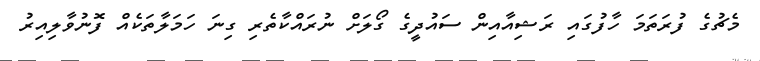
މެޗުގެ ފުރަތަމަ ހާފުގައި ރަޝިއާއިން ސައުދީގެ ގޯލަށް ނުރައްކާތެރި ގިނަ ހަމަލާތަކެއް ފޮނުވާލިއިރު